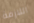
اللازمة